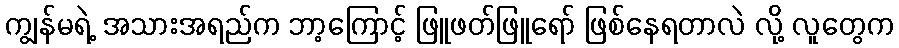
ကျွန်မရဲ့ အသားအရည်က ဘာ့ကြောင့် ဖြူဖတ်ဖြူရော် ဖြစ်နေရတာလဲ လို့ လူတွေက